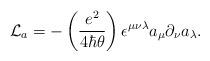
LaTeX: \begin{align*}{\mathcal L}_a=-\left({e^2\over 4\hbar\theta}\right)\epsilon^{\mu\nu\lambda}a_\mu\partial_\nu a_\lambda.\end{align*}